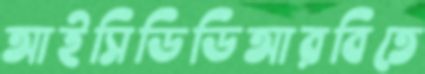
আইসিডিডিআরবিতে